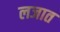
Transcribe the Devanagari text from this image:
लजात